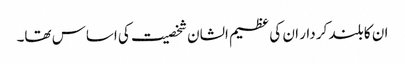
ان کا بلند کر دار ان کی عظیم الشان شخصیت کی اساس تھا۔